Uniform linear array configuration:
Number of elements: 48
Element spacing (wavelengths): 0.75
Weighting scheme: binomial
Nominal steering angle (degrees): -30
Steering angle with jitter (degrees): -29.227
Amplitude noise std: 0.05
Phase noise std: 0.05

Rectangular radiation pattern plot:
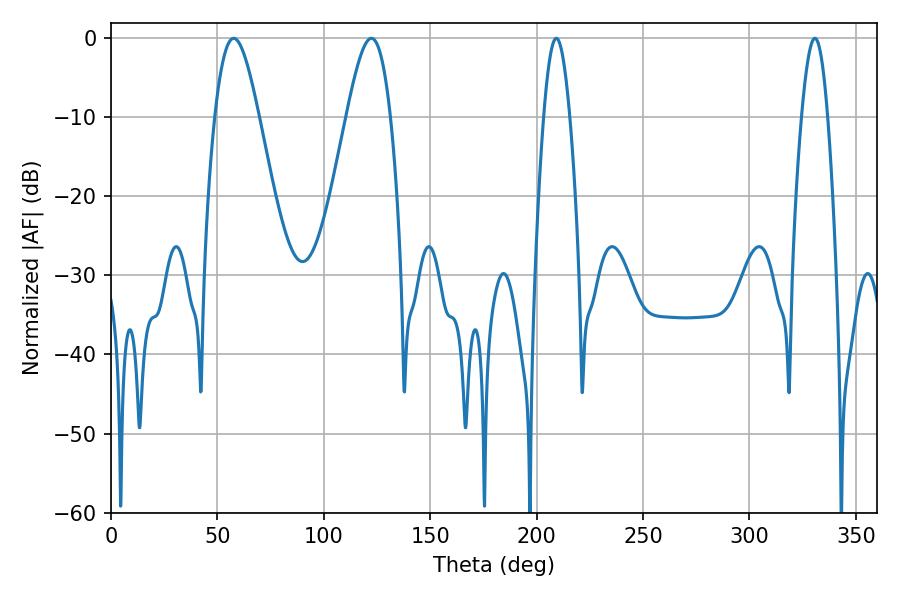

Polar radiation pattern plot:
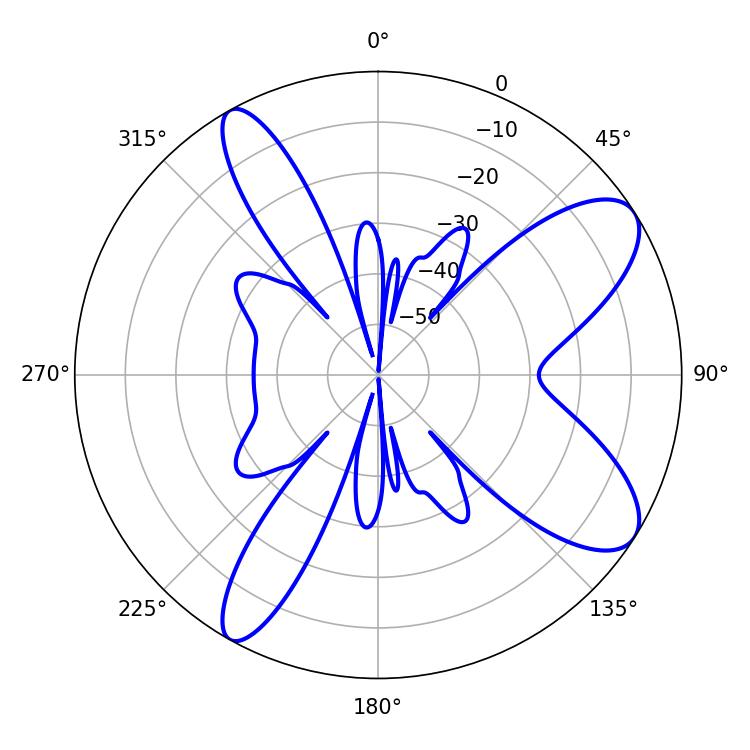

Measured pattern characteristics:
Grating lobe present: TRUE
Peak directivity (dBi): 9.257
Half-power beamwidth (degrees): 10.98
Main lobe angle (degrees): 57.6